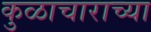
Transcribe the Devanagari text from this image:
कुळाचाराच्या